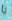
يا